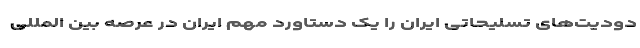
دودیت‌های تسلیحاتی ایران را یک دستاورد مهم ایران در عرصه بین المللی